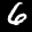
Label: 6